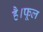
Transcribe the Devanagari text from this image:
है।फूल